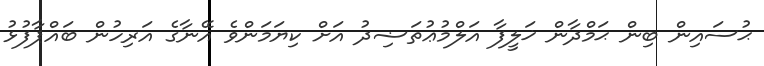
ޙުސައިން ބިން ޙަމްދާން ޚަލީފާ އަލްމުޢުތަޟިދު އަށް ކިޔަމަންވެ އޭނާގެ އަރިހުން ބައްޕާފުޅު